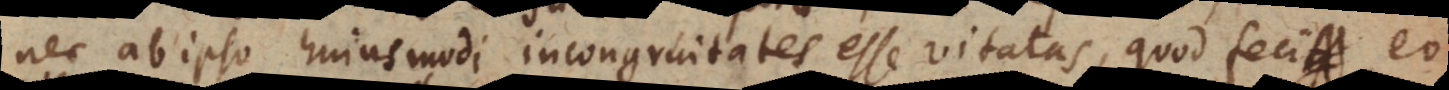
nec ab ipso hujusmodi incongruitates esse vitatas, quod feci eo